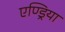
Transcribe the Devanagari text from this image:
एण्ड्रिया